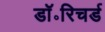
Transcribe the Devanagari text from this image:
डॉ॰रिचर्ड